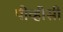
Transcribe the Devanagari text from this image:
पीव्हीसी